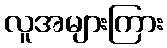
လူအများကြား